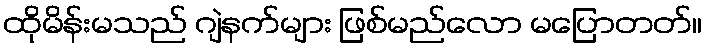
ထိုမိန်းမသည် ဂျဲနက်များ ဖြစ်မည်လော မပြောတတ်။